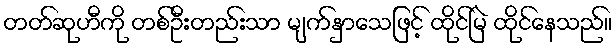
တတ်ဆုဟီကို တစ်ဦးတည်းသာ မျက်နှာသေဖြင့် ထိုင်မြဲ ထိုင်နေသည်။